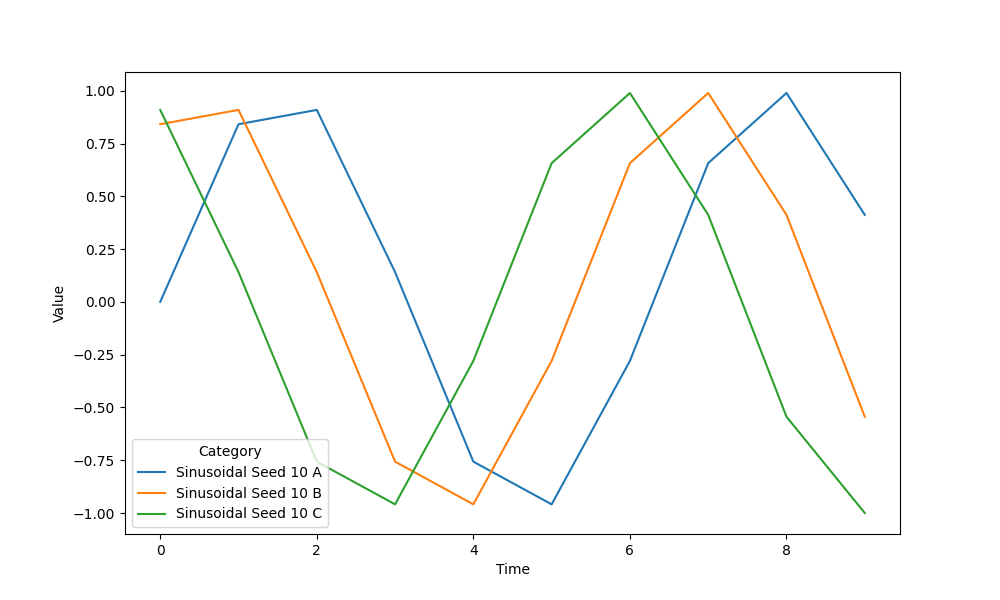
python, seaborn, lineplot, style='solid', marker='None'